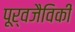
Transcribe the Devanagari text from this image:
पूर्वजैविकी